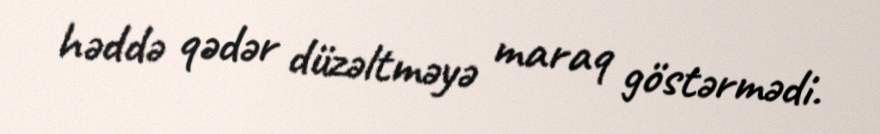
həddə qədər düzəltməyə maraq göstərmədi.